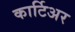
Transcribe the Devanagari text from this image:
कार्टिअर